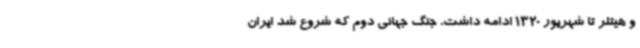
و هیتلر تا شهریور 1320 ادامه داشت. جنگ جهانی دوم که شروع شد ایران